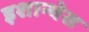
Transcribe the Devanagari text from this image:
इशान्येस